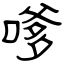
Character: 嗲